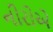
નીરોએ